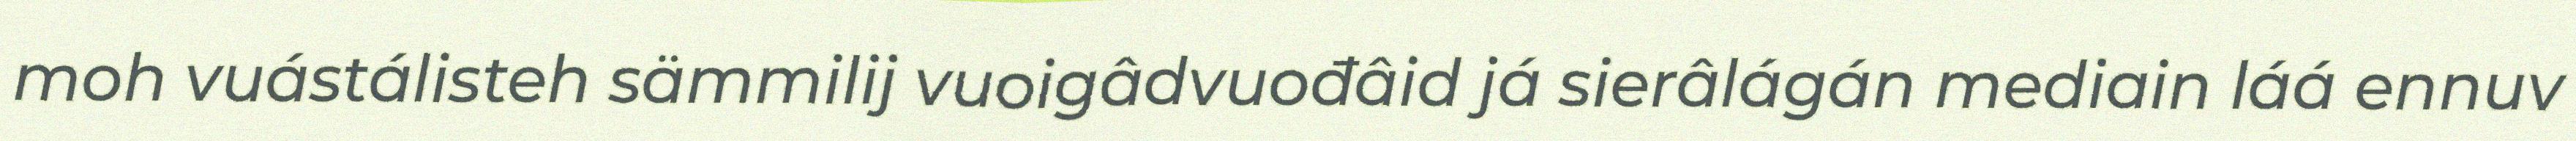
moh vuástálisteh sämmilij vuoigâdvuođâid já sierâlágán mediain láá ennuv